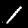
Label: 1